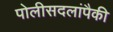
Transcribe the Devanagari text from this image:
पोलीसदलांपैकी